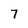
Character: 7